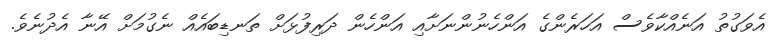
އެވަގުތު އަނެއްކާވެސް އަހަރެންގެ އަންހެނުންނަށާއި އަންހެން ދަރިފުޅަށް ތަނޑިބައެއް ނެގުމަށް އޭނާ އެދުނެވެ.